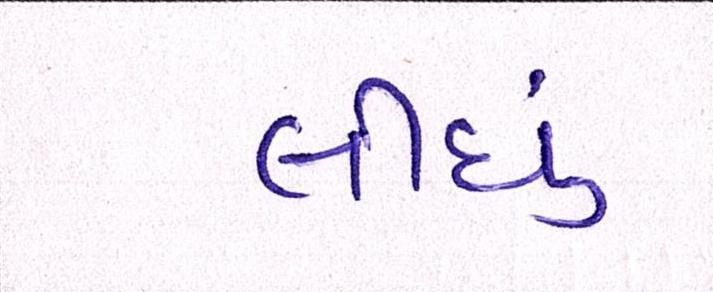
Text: લીઘું